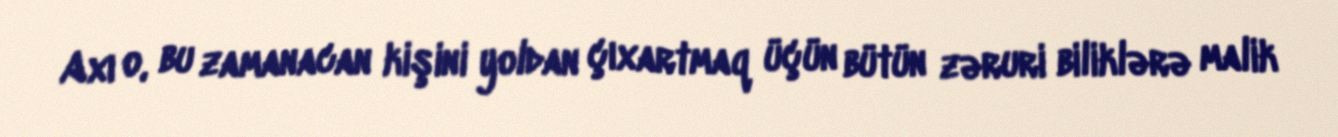
Axı o, bu zamanacan kişini yoldan çıxartmaq üçün bütün zəruri biliklərə malik